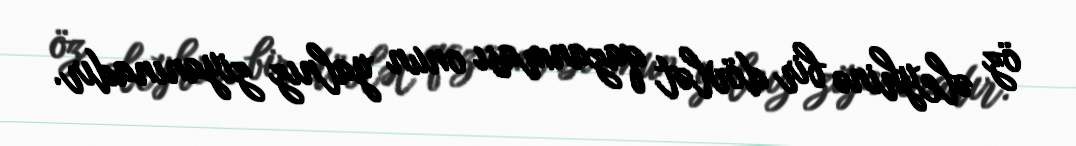
öz əleyhinə bir dövlət qazanması onun yalnız ziyanınadır.